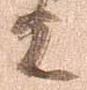
上